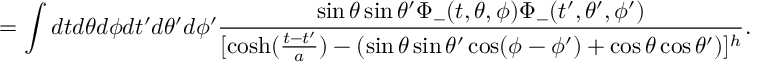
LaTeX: = \int d t d \theta d \phi d t ^ { \prime } d \theta ^ { \prime } d \phi ^ { \prime } \frac { \sin \theta \sin \theta ^ { \prime } \Phi _ { - } ( t , \theta , \phi ) \Phi _ { - } ( t ^ { \prime } , \theta ^ { \prime } , \phi ^ { \prime } ) } { [ \cosh ( \frac { t - t ^ { \prime } } { a } ) - ( \sin \theta \sin \theta ^ { \prime } \cos ( \phi - \phi ^ { \prime } ) + \cos \theta \cos \theta ^ { \prime } ) ] ^ { h } } .